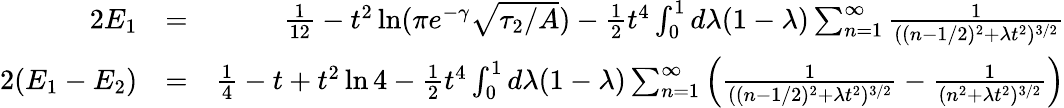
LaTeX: \begin{array}{rlr}{2E_{1}}&{=}&{{\frac{1}{12}}-t^{2}\ln(\pi e^{-\gamma}\sqrt{\tau_{2}/A})-{\frac{1}{2}}t^{4}\int_{0}^{1}d\lambda(1-\lambda)\sum_{n=1}^{\infty}{\frac{1}{((n-1/2)^{2}+\lambda t^{2})^{3/2}}}}\\ {2(E_{1}-E_{2})}&{=}&{{\frac{1}{4}}-t+t^{2}\ln 4-{\frac{1}{2}}t^{4}\int_{0}^{1}d\lambda(1-\lambda)\sum_{n=1}^{\infty}\left({\frac{1}{((n-1/2)^{2}+\lambda t^{2})^{3/2}}}-{\frac{1}{(n^{2}+\lambda t^{2})^{3/2}}}\right)}\end{array}